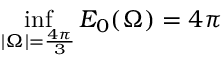
\operatorname* { i n f } _ { | \Omega | = { \frac { 4 \pi } { 3 } } } E _ { 0 } ( \Omega ) = 4 \pi